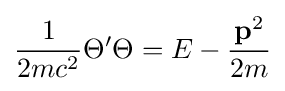
{\frac {1}{2mc^{2}}}\Theta '\Theta =E-{\frac {\mathbf {p} ^{2}}{2m}}